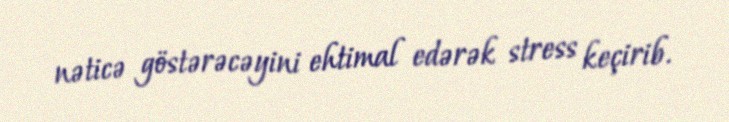
nəticə göstərəcəyini ehtimal edərək stress keçirib.